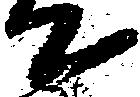
て